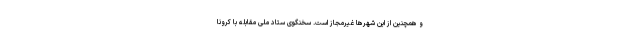
و همچنین از این شهرها غیرمجاز است. سخنگوی ستاد ملی مقابله با کرونا